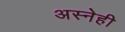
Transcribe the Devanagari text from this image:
अस्नेही